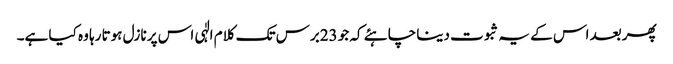
پھر بعد اس کے یہ ثبوت دینا چاہئے کہ جو 23برس تک کلام الٰہی اس پر نازل ہوتا رہا وہ کیا ہے۔